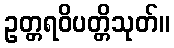
ဥတ္တရဝိပတ္တိသုတ်။